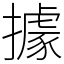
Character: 據